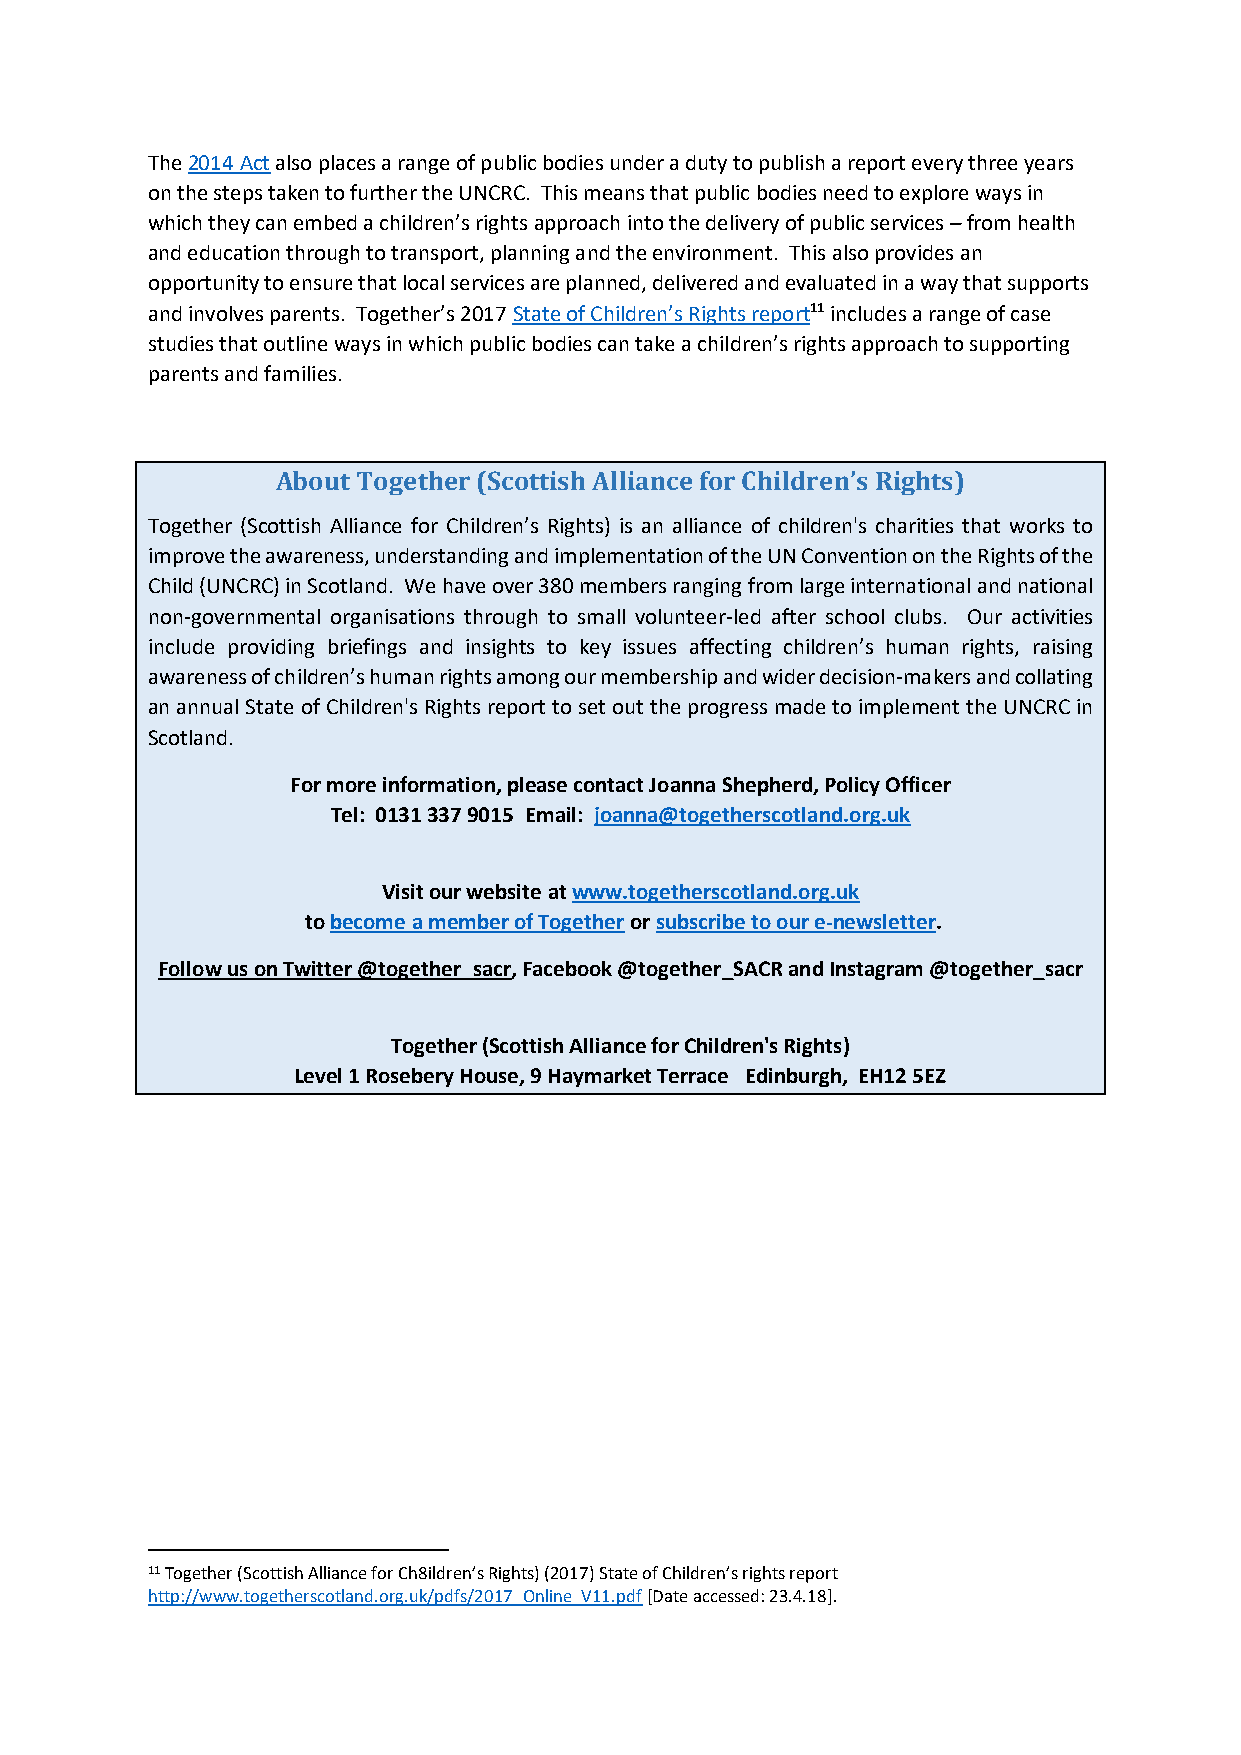
The 2014 Act also places a range of public bodies under a duty to publish a report every three years
 on the steps taken to further the UNCRC. This means that public bodies need to explore ways in
 which they can embed a children’s rights approach into the delivery of public services – from health
 and education through to transport, planning and the environment. This also provides an
 opportunity to ensure that local services are planned, delivered and evaluated in a way that supports
 and involves parents. Together’s 2017 State of Children’s Rights report11 includes a range of case
 studies that outline ways in which public bodies can take a children’s rights approach to supporting
 parents and families.
 About Together (Scottish Alliance for Children’s Rights)
 Together (Scottish Alliance for Children’s Rights) is an alliance of children's charities that works to
 improve the awareness, understanding and implementation of the UN Convention on the Rights of the
 Child (UNCRC) in Scotland. We have over 380 members ranging from large international and national
 non-governmental organisations through to small volunteer-led after school clubs. Our activities
 include providing briefings and insights to key issues affecting children’s human rights, raising
 awareness of children’s human rights among our membership and wider decision-makers and collating
 an annual State of Children's Rights report to set out the progress made to implement the UNCRC in
 Scotland.
 For more information, please contact Joanna Shepherd, Policy Officer
 Tel: 0131 337 9015 Email: joanna@togetherscotland.org.uk
 Visit our website at www.togetherscotland.org.uk
 to become a member of Together or subscribe to our e-newsletter.
 Follow us on Twitter @together_sacr, Facebook @together_SACR and Instagram @together_sacr
 Together (Scottish Alliance for Children's Rights)
 Level 1 Rosebery House, 9 Haymarket Terrace Edinburgh, EH12 5EZ
 11 Together (Scottish Alliance for Ch8ildren’s Rights) (2017) State of Children’s rights report
 http://www.togetherscotland.org.uk/pdfs/2017_Online_V11.pdf [Date accessed: 23.4.18].